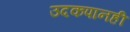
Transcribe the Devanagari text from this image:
उदकपानही